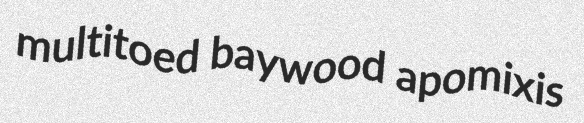
multitoed baywood apomixis